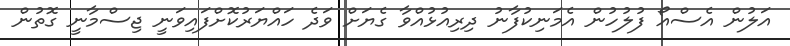
އަލުން އެސްއޯ ފުލުހުން އެމަނިކުފާނު ދިރިއުޅުއްވާ ގެޔަށް ވަދެ ހައްޔަރުކޮށްފައިވަނީ ޖިސްމާނީ ގޮތުން